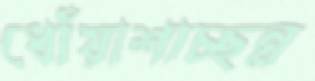
ধোঁয়াশাচ্ছন্ন